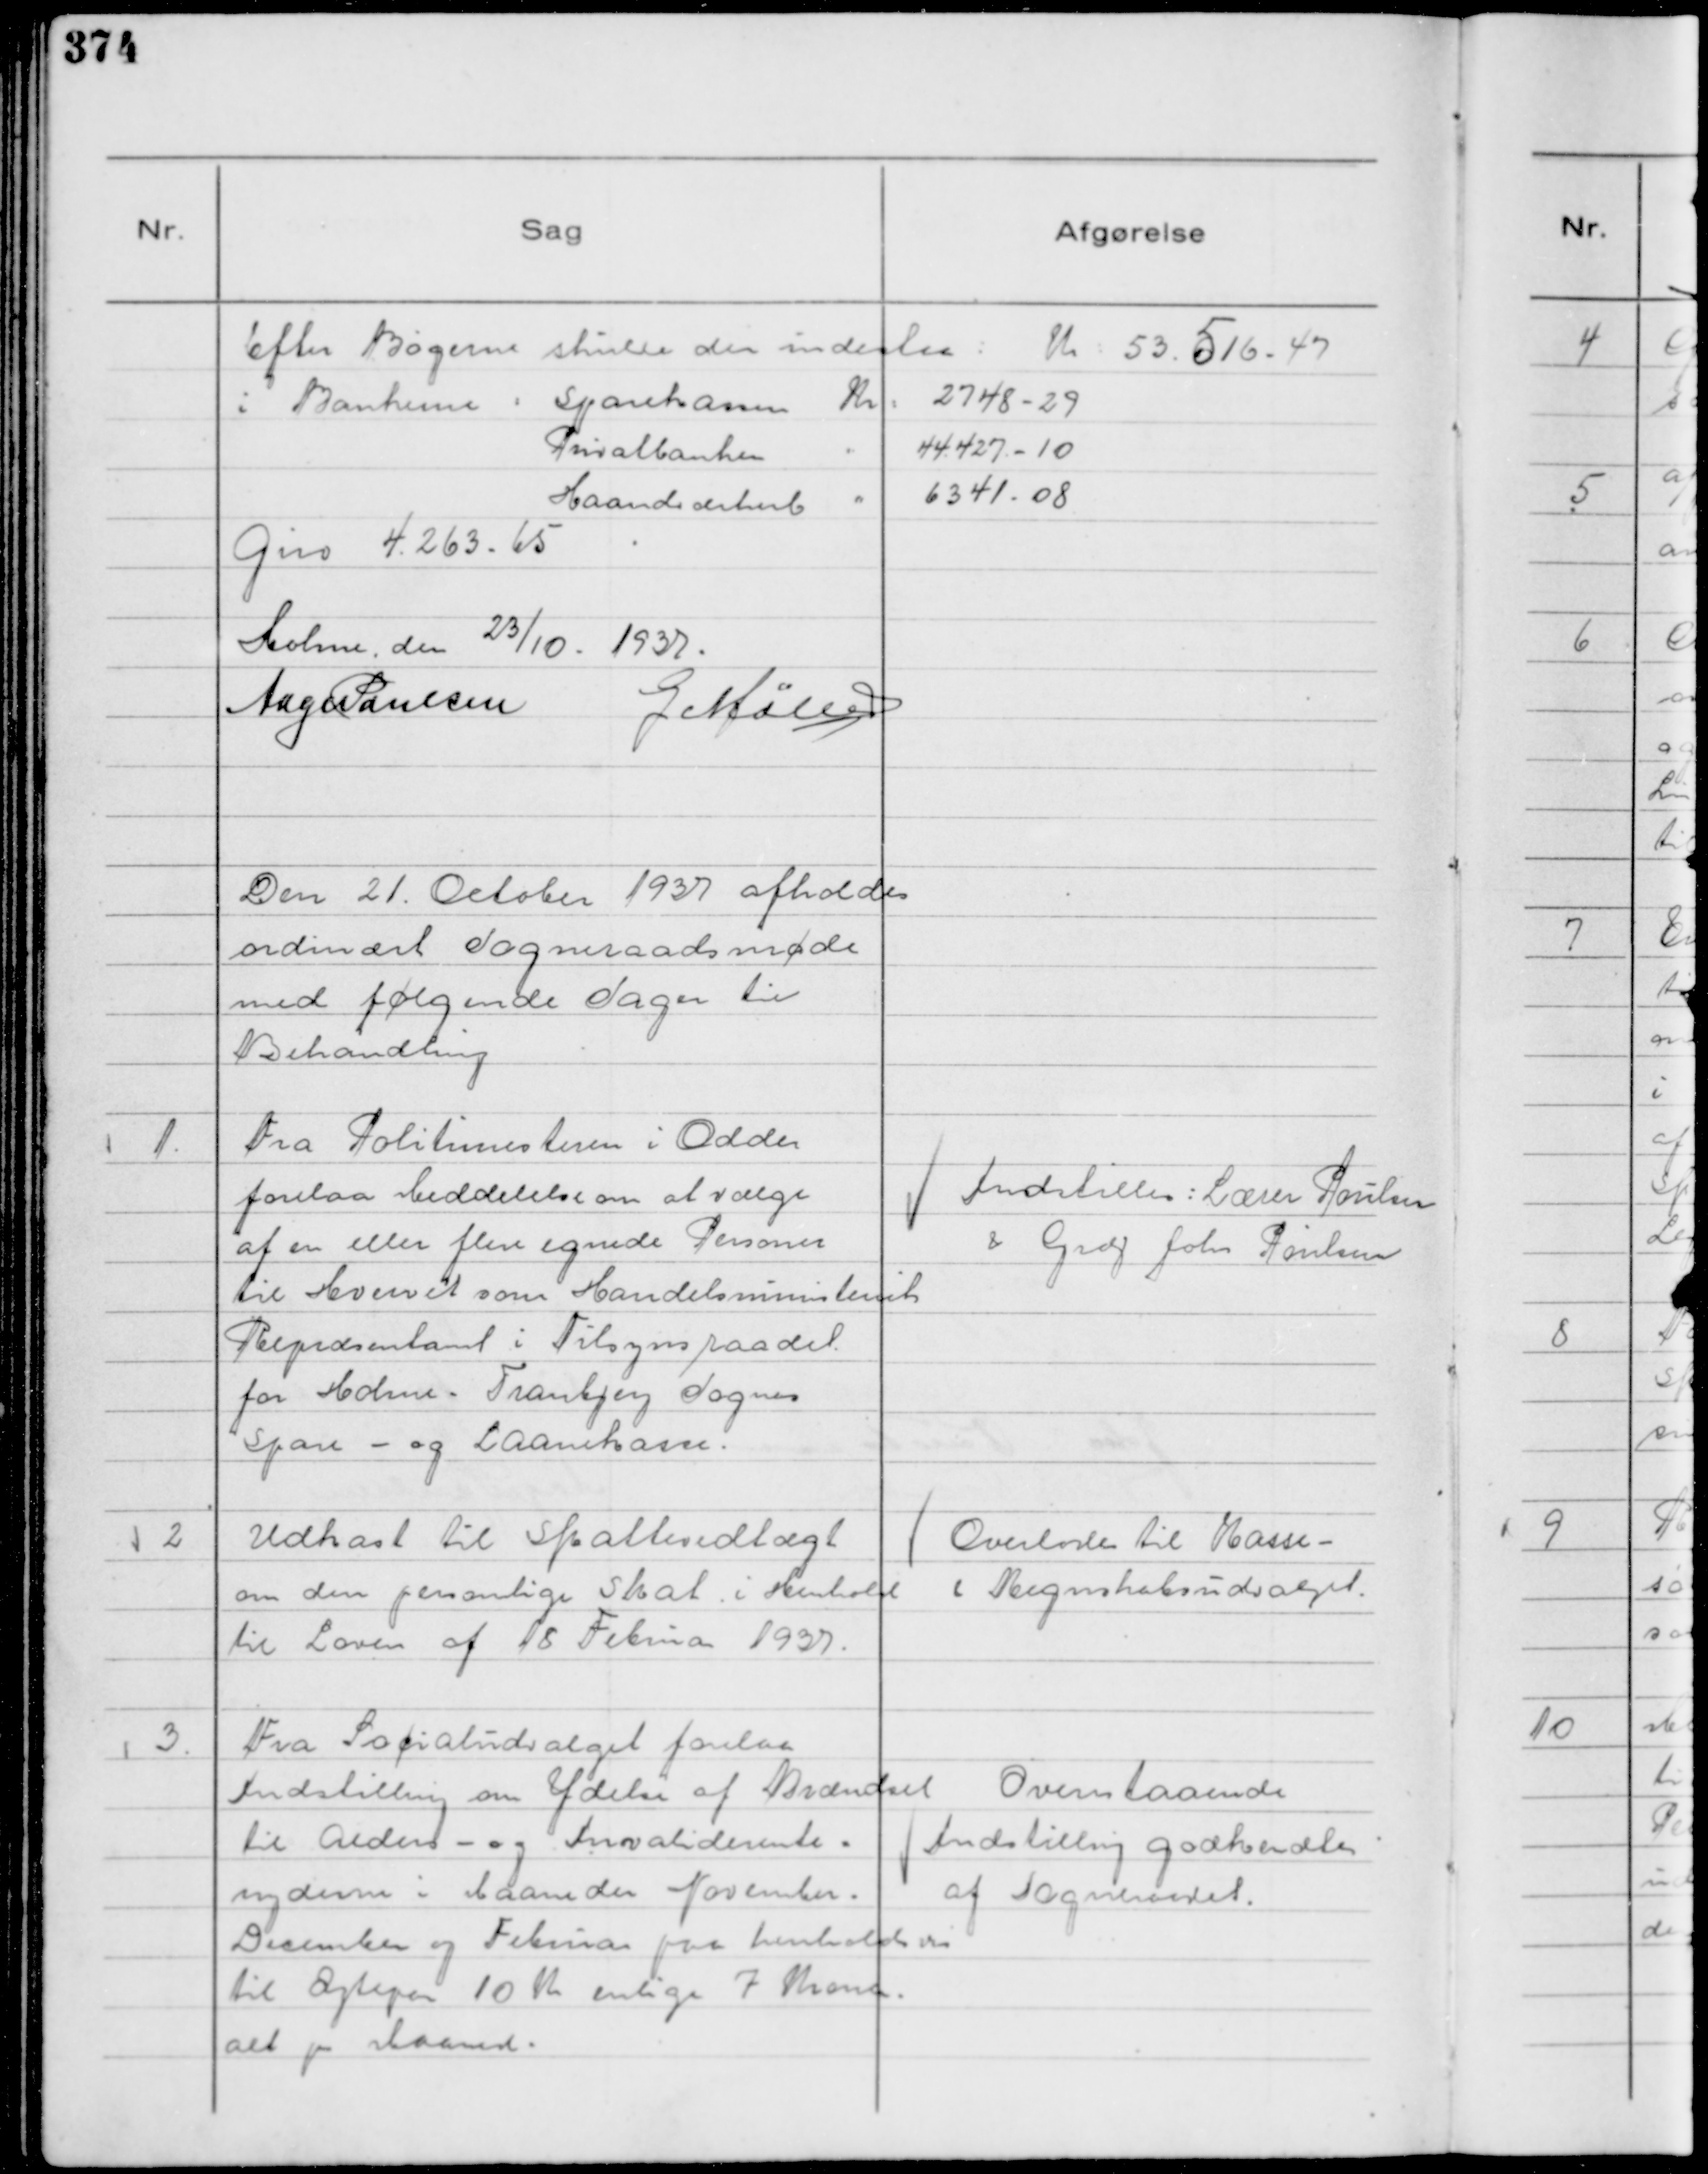
Transskription:
Efter Bøgerne skulle der indestaa:
Kr: 53.516 - 47
i Bankerne: Sparekassen
Kr: 2748 - 29 
Privatbanken
" 44.427 - 10
Haandværkerb
" 6341 - 08
Giro 4.263 - 65

Holme den 23/10 - 1937.
Aage Poulsen
G Møller

Den 21. October 1937 afholdes
ordinært Sogneraadsmøde
med følgende Sager til
Behandling

1.
Fra Politimesteren i Odder
forelaa Meddelelse om at vælge
af en eller flere egnede Personer
til Hvervet som Handelsministeriets
Repræsentant i Tilsynsraadet
for Holme - Tranbjerg Sognes
Spare - og Laanekasse.

Indstilles: Lærer Poulsen
& Grdj Johs Poulsen

2
Udkast til Skattevedtægt
om den personlige Skat i Henhold
til Loven af 18 Februar 1937.

Overlodes til Kasse-
& Regnskabsudvalget.

3
Fra Socialudvalget forelaa
Indstilling om Ydelse af Brændsel
til Alders - og Invaliderente-
nyderne i Maaneder November -
December og Februar paa henholdsvis
til Ægtepar 10 Kr enlige 7 Kroner.
alt pr Maaned.

Ovenstaaende
Indstilling godkendtes
af Sogneraadet.